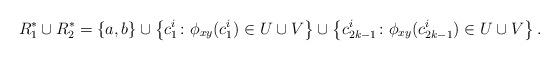
LaTeX: \begin{align*}R_1^*\cup R_2^*= \left\{a,b\right\}\cup \left\{c_1^i \colon \phi_{xy}(c_1^i)\in U\cup V\right\}\cup \left\{c_{2k-1}^i \colon \phi_{xy}(c_{2k-1}^i)\in U\cup V\right\}.\end{align*}